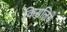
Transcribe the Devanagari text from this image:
किसलिये